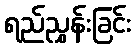
ရည်ညွှန်းခြင်း